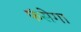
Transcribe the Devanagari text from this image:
फंसेगा